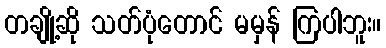
တချို့ဆို သတ်ပုံတောင် မမှန် ကြပါဘူး။